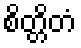
စိတ္တိတံ